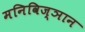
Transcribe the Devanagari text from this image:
मनिविज्ञान